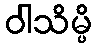
ဝါသိမ္ပိ